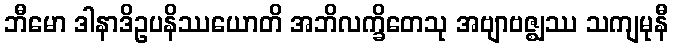
ဘီမော ဒါနာဒိဥပနိဿယောတိ အဘိလက္ခိတေသု အဗျာဗဇ္ဈဿ သကျမုနီ